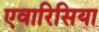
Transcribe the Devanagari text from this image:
एवारिसिया